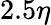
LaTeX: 2.5\eta